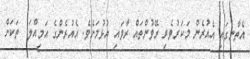
އެތާނގައި އެއުރެން މަކަރުވެރި ރޭވުންތައް ރާވައި އުޅުމަށެވެ. އެއުރެންގެ އަމިއްލަ  ތަކަށް